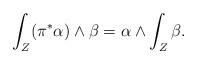
LaTeX: \begin{align*}\int_Z(\pi^*\alpha)\wedge\beta=\alpha\wedge \int_Z\beta.\end{align*}